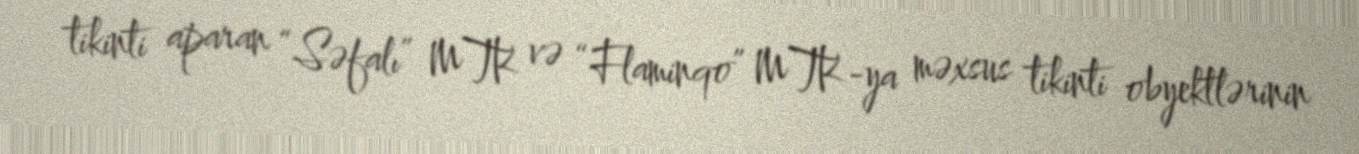
tikinti aparan “Səfalı” MTK və “Flaminqo” MTK-ya məxsus tikinti obyektlərinin